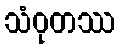
သံဝုတဿ